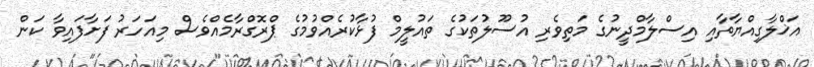
އަޚްލާގިއްޔާތާއި އިސްލާމްދީނުގެ މަތިވެރި އުސޫލުތަކުގެ ތައުލީމް ފުޅާކުރެއްވުމުގެ ޕްރޮގްރާމެއްވެސް މިއަހަރު ފަށާފައިވާ ކަން